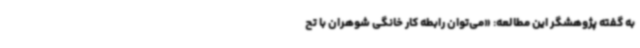
به گفته پژوهشگر این مطالعه: «می‌توان رابطه کار خانگی شوهران با تح